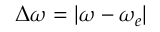
\Delta \omega = | \omega - \omega _ { e } |